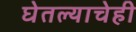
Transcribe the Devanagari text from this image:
घेतल्याचेही